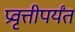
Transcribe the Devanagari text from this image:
प्रवृत्तीपर्यंत